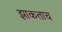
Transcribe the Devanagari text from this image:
झाकताच